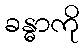
ခန္ဓာကို